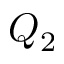
Q _ { 2 }